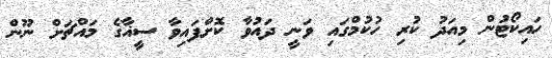
ހައިކޯޓުން މިއަދު ކުރި ހުކުމްގައި ވަނީ ދައުވާ ކޮށްފައިވާ ސީޣާގެ މައްޗަށް ނޫން